Development of the Leishman-Donovan parasite in Cimex rotundatus - Number 31
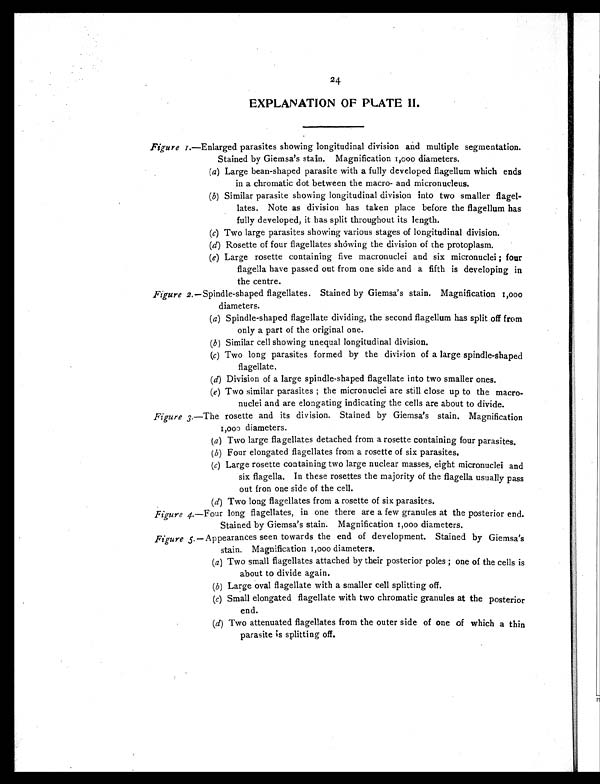
24
EXPLANATION OF PLATE II.
Figure 1 .—Enlarged parasites showing longitudinal division and multiple segmentation.
Stained by Giemsa's stain. Magnification 1,000 diameters.
(a) Large bean-shaped parasite with a fully developed flagellum which ends
in a chromatic dot between the macro- and micronucleus.
(b) Similar parasite showing longitudinal division into two smaller flagel-
lates. Note as division has taken place before the flagellum has
fully developed, it has split throughout its length.
(c) Two large parasites showing various stages of longitudinal division.
(d) Rosette of four flagellates showing the division of the protoplasm.
(e) Large rosette containing five macronuclei and six micronuclei ; four
flagella have passed out from one side and a fifth is developing in
the centre.
Figure 2.—Spindle-shaped flagellates. Stained by Giemsa's stain. Magnification 1,000
diameters.
(a) Spindle-shaped flagellate dividing, the second flagellum has split off from
only a part of the original one.
(b) Similar cell showing unequal longitudinal division.
(c) Two long parasites formed by the division of a large spindle-shaped
flagellate.
(d) Division of a large spindle-shaped flagellate into two smaller ones.
(e) Two similar parasites ; the micronuclei are still close up to the macro-
nuclei and are elongating indicating the cells are about to divide.
Figure 3.—The rosette and its division. Stained by Giemsa's stain. Magnification
1 , 0 0 0 d i a m e t e r s .
(a) Two large flagellates detached from a rosette containing four parasites.
(b) Four elongated flagellates from a rosette of six parasites.
(c) Large rosette containing two large nuclear masses, eight micronuclei and
six flagella. In these rosettes the majority of the flagella usually pass
out fron one side of the cell.
(d) Two long flagellates from a rosette of six parasites.
Figure 4.—Four long flagellates, in one there are a few granules at the posterior end.
Stained by Giemsa's stain. Magnification 1,000 diameters.
Figure 5 .— Appearances seen towards the end of development. Stained by Giemsa's
stain. Magnification 1,000 diameters.
(a) Two small flagellates attached by their posterior poles ; one of the cells is
about to divide again.
(b) Large oval flagellate with a smaller cell splitting off.
(c) Small elongated flagellate with two chromatic granules at the posterior
end.
(d) Two attenuated flagellates from the outer side of one of which a thin
parasite is splitting off.